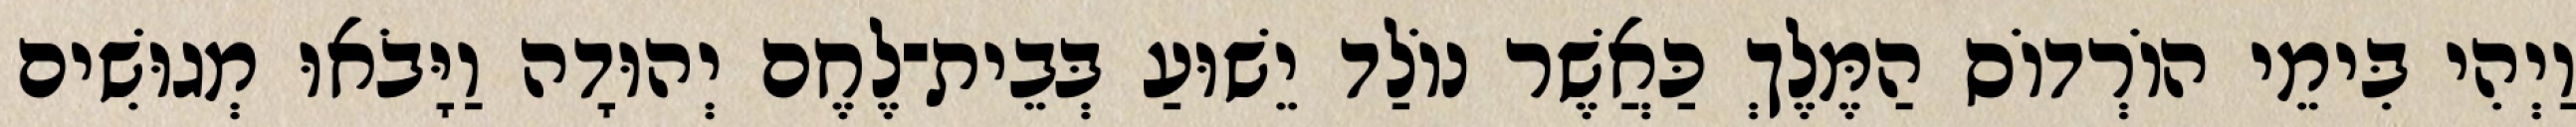
וַיְהִי בִּימֵי הוֹרְדוֹס הַמֶּלֶךְ כַּאֲשֶׁר נוֹלַד יֵשׁוּעַ בְּבֵית־לֶחֶם יְהוּדָה וַיָּבֹאוּ מְגוּשִׁים